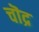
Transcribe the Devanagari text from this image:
चॊद्र